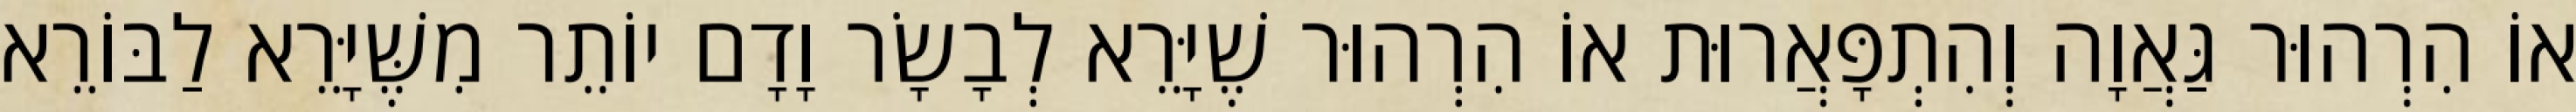
אוֹ הִרְהוּר גַּאֲוָה וְהִתְפָּאֲרוּת אוֹ הִרְהוּר שֶׁיָּרֵא לְבָשָׂר וָדָם יוֹתֵר מִשֶּׁיָּרֵא לַבּוֹרֵא